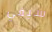
سيفي